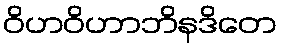
ဝိဟဝိဟာဘိနဒိတေ